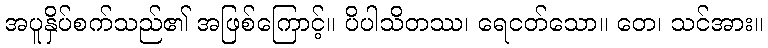
အပူနှိပ်စက်သည်၏ အဖြစ်ကြောင့်။ ပိပါသိတဿ၊ ရေငတ်သော။ တေ၊ သင်အား။